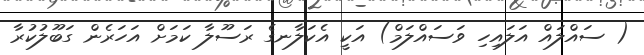
( ސައްލައް އަލައިހި ވަސައްލަމް) އަކީ އެކަލާނގެ ރަސޫލާ ކަމަށް އަހަރެން ގަބޫލުކުރާ